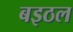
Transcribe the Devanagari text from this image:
बइठल